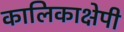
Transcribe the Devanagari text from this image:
कालिकाक्षेपी